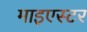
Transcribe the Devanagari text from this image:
माइएस्टर